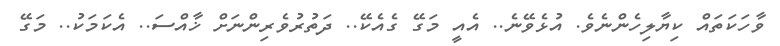
ވާހަކަތައް ކިޔާލިހެންނެވެ. އުޅެވޭނެ.. އެއީ މަގޭ ގެއެކޭ.. ދަތުރުވެރިންނަށް ޚާއްސަ.. އެކަމަކު.. މަގޭ